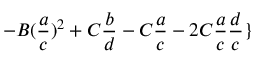
- B ( \frac { a } { c } ) ^ { 2 } + C \frac { b } { d } - C \frac { a } { c } - 2 C \frac { a } { c } \frac { d } { c } \}